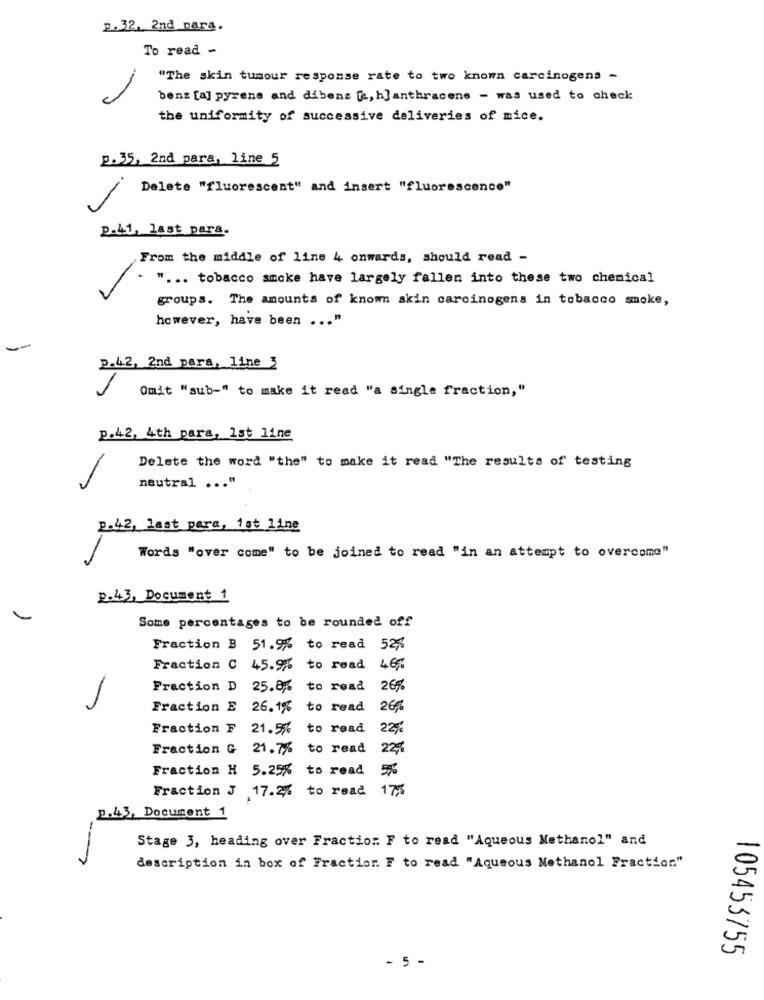
2. 32, 2nd para.
To read -
"The skin tumour response rate to two known carcinogens -
benz [a] pyrene and dibens [, ]anthracene - was used to check
the uniformity of successive deliveries of mice.
p. 35, 2nd para, line 5
Delete "fluorescent" and insert "fluorescence"
p.41, last para.
From the middle of line 4 onwards, should read -
" ... tobacco smoke have largely fallen into these two chemical
groups. The amounts of known skin carcinogens in tobacco smoke,
however, have been ... "
p.42, 2nd para, line 3
Omit "sub-" to make it read "a single fraction,"
p.42, 4th para, 1st line
Delete the word "the" to make it read "The results of testing
neutral ... "
p.42, last pare, 1st line
Words "over come" to be joined to read "in an attempt to overcome"
p.43, Document 1
Some percentages to be rounded off
Fraction B 51.9% to read 52.
Fraction C 45.9% to read 46 ;.
Fraction D 25.8%
to read
26%
Fraction E 26.1%
to read
26%
Fraction F 21.5%
to read
Fraction G 21.7%%
to read
22
Fraction H 5.25% to read
Fraction J 17.2% to read 17%
p.43, Document 1
Stage 3, heading over Fraction. F to read "Aqueous Methanol" and
description in box of Fractier. F to read "Aqueous Methanol Fraction."
- 5 -
105453755